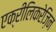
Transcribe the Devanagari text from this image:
एक्रीलिकरेज़िन